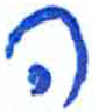
אות: ה